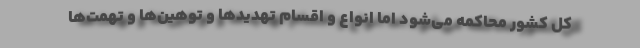
کل کشور محاکمه می‌شود اما انواع و اقسام تهدیدها و توهین‌ها و تهمت‌ها